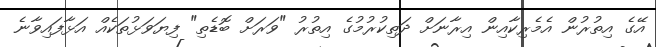
އޭގެ އިތުރުން އެމެރިކާއިން އިރާނަށް ދަތިކުރުމުގެ އިތުރު "ވަރަށް ބޮޑެތި" ފިޔަވަޅުތަކެއް އަޅާފައިވާނެ